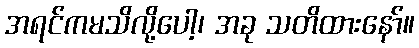
အရင်ကမသိလို့ပေါ့၊ အခု သတိထားနော်။